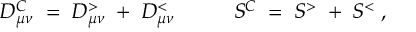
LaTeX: D _ { \mu \nu } ^ { C } \; = \; D _ { \mu \nu } ^ { > } \; + \; D _ { \mu \nu } ^ { < } \; \; \; \; \; \; \; \; \; \; S ^ { C } \; = \; S ^ { > } \; + \; S ^ { < } \; ,